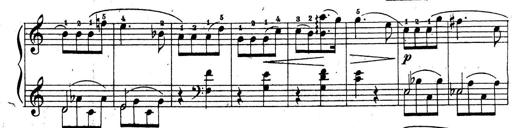
Title: 10 Sonatinas
Composer: Fritz Spindler